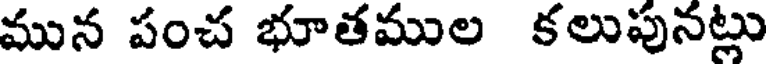
మున పంచ భూతముల కలుపునట్లు